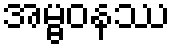
အမ္ဗဝနဿ